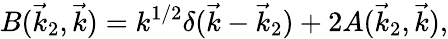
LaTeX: B(\vec{k}_{2},\vec{k})=k^{1/2}\delta(\vec{k}-\vec{k}_{2})+2A(\vec{k}_{2},\vec{k}),